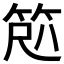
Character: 𫁽